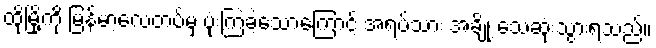
ထိုမြို့ကို မြန်မာ့လေတပ်မှ ဗုံးကြဲခဲ့သောကြောင့် အရပ်သား အချို့ သေဆုံးသွားရသည်။